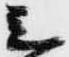
シ